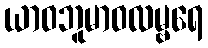
ယာဝဘူမာဝလမ္ဗရေ